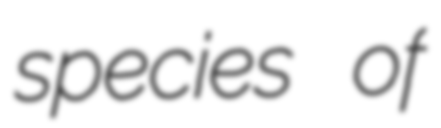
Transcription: species of